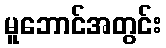
မူဘောင်အတွင်း